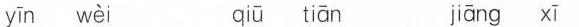
yīn wèi qiū tiān jiāng xī